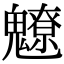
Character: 𩴤